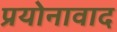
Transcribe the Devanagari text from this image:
प्रयोनावाद